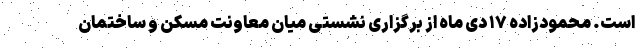
است. محمودزاده ۱۷ دی ماه از برگزاری نشستی میان معاونت مسکن و ساختمان